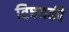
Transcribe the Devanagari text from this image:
विषयकी